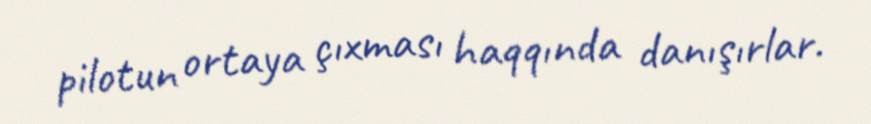
pilotun ortaya çıxması haqqında danışırlar.